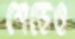
শেডেও